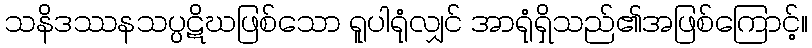
သနိဒဿနသပ္ပဋိဃဖြစ်သော ရူပါရုံလျှင် အာရုံရှိသည်၏အဖြစ်ကြောင့်။